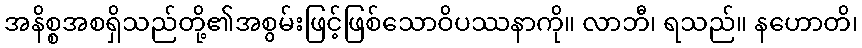
အနိစ္စအစရှိသည်တို့၏အစွမ်းဖြင့်ဖြစ်သောဝိပဿနာကို။ လာဘီ၊ ရသည်။ နဟောတိ၊